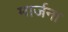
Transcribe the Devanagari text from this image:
मार्जना